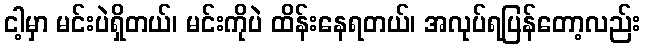
ငါ့မှာ မင်းပဲရှိတယ်၊ မင်းကိုပဲ ထိန်းနေရတယ်၊ အလုပ်ရပြန်တော့လည်း